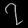
Digit: ၇